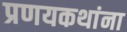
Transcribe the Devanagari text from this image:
प्रणयकथांना